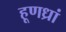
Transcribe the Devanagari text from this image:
हूणध्रां